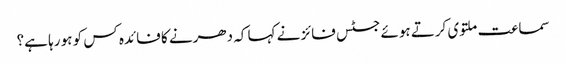
سماعت ملتوی کرتے ہوئے جسٹس فائز نے کہا کہ دھرنے کا فائدہ کس کو ہو رہا ہے؟